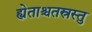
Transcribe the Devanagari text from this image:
ह्येताश्चतस्रस्तु